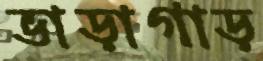
ভাড়াগাড়